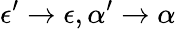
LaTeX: \epsilon^{\prime}\to\epsilon,\alpha^{\prime}\to\alpha